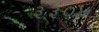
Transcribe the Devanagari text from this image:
३३०४